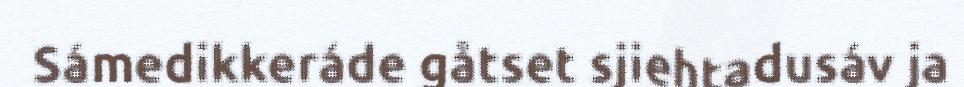
Sámedikkeráde gåtset sjiehtadusáv ja